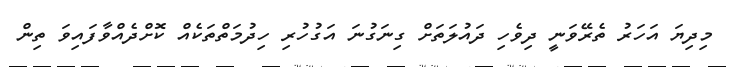
މިދިޔަ އަހަރު ތެރޭވަނީ ދިވެހި ދައުލަތަށް ގިނަގުނަ އަގުހުރި ހިދުމަތްތަކެއް ކޮށްދެއްވާފައިވަ ތިން